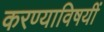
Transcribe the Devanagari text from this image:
करण्याविषयीं